Indian Civil Veterinary Department memoirs
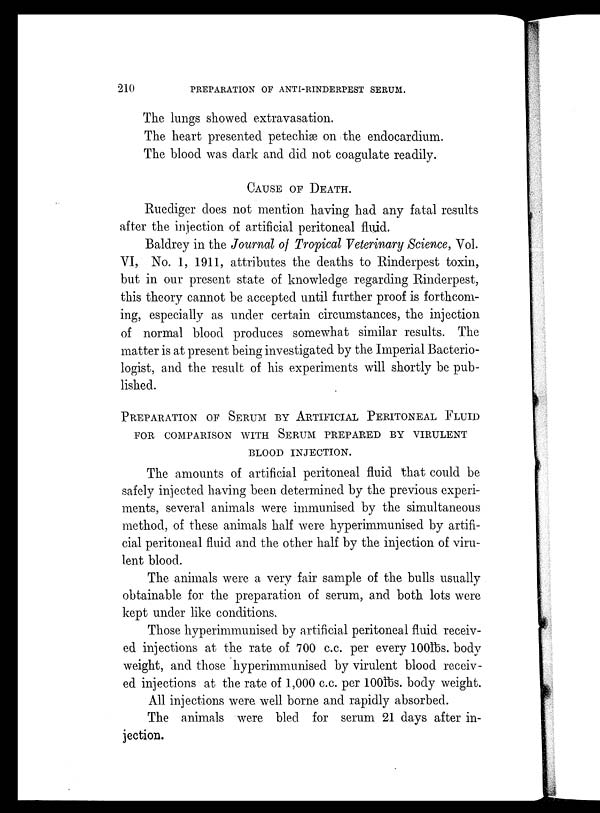
210
PREPARATION OF ANTI-RINDERPEST SERUM.
The lungs showed extravasation.
The heart presented petechiæ on the endocardium.
The blood was dark and did not coagulate readily.
CAUSE OF DEATH.
Ruediger does not mention having had any fatal results
after the injection of artificial peritoneal fluid.
Baldrey in the Journal of Tropical Veterinary Science, Vol.
VI, No. 1, 1911, attributes the deaths to Rinderpest toxin,
but in our present state of knowledge regarding Rinderpest,
this theory cannot be accepted until further proof is forthcom-
ing, especially as under certain circumstances, the injection
of normal blood produces somewhat similar results. The
matter is at present being investigated by the Imperial Bacterio-
logist, and the result of his experiments will shortly be pub-
lished.
PREPARATION OF SERUM BY ARTIFICIAL PERITONEAL FLUID
FOR COMPARISON WITH SERUM PREPARED BY VIRULENT
BLOOD INJECTION.
The amounts of artificial peritoneal fluid that could be
safely injected having been determined by the previous experi-
ments, several animals were immunised by the simultaneous
method, of these animals half were hyperimmunised by artifi-
cial peritoneal fluid and the other half by the injection of viru-
lent blood.
The animals were a very fair sample of the bulls usually
obtainable for the preparation of serum, and both lots were
kept under like conditions.
Those hyperimmunised by artificial peritoneal fluid receiv-
ed injections at the rate of 700 c.c. per every 100lbs. body
weight, and those hyperimmunised by virulent blood receiv-
ed injections at the rate of 1,000 c.c. per 100lbs. body weight.
All injections were well borne and rapidly absorbed.
The animals were bled for serum 21 days after in-
jection.